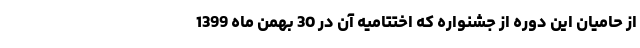
از حامیان این دوره از جشنواره که اختتامیه آن در 30 بهمن ماه 1399